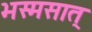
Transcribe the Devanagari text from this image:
भस्मसात्‌